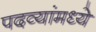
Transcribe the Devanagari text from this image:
पदव्यांमध्ये